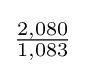
{\tfrac {2,080}{1,083}}